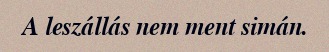
A leszállás nem ment simán.